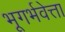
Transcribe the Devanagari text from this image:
भूगर्भवेत्ता